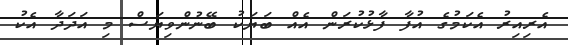
އެރިއިރު އެކަމުގެ އުފާ ފާޅުކުރަން އެއް ބަޔަކު ބޭނުންވިޔަސް މި އަދަދާ އެކު